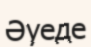
Әуеде